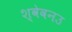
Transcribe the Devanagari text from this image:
श्वेवनउ